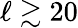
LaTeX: \ell\gtrsim 20